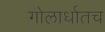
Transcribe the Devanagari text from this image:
गोलार्धातच